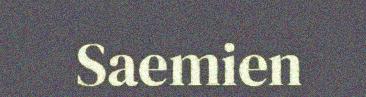
Saemien